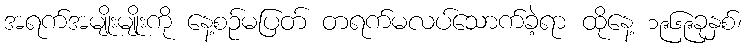
အရက်အမျိုးမျိုးကို နေ့စဉ်မပြတ် တရက်မလပ်သောက်ခဲ့ရာ ထိုနေ့ ၁၉၆၉ခုနှစ်၊